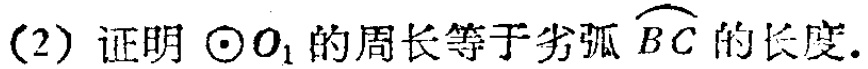
(2) 证明 $\odot O_{1}$ 的周长等于劣弧 $\overset{\frown}{BC}$ 的长度.